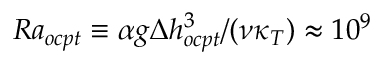
R a _ { o c p t } \equiv \alpha g \Delta h _ { o c p t } ^ { 3 } / ( \nu \kappa _ { T } ) \approx 1 0 ^ { 9 }